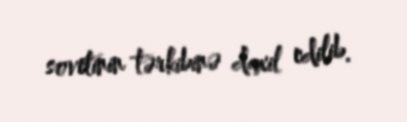
sovetinin tərkibinə daxil edilib.